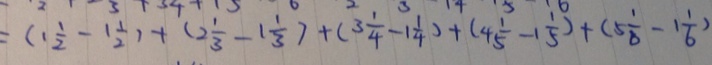
= ( 1 \frac { 1 } { 2 } - 1 \frac { 1 } { 2 } ) + ( 2 \frac { 1 } { 3 } - 1 \frac { 1 } { 3 } ) + ( 3 \frac { 1 } { 4 } - 1 \frac { 1 } { 4 } ) + ( 4 \frac { 1 } { 5 } - 1 \frac { 1 } { 5 } ) + ( 5 \frac { 1 } { 8 } - 1 \frac { 1 } { 6 } )